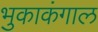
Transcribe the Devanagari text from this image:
भुकाकंगाल